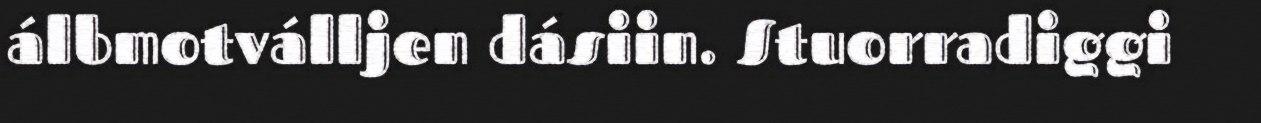
álbmotválljen dásiin. Stuorradiggi